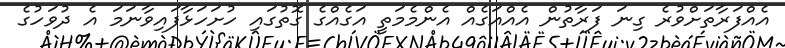
އެއްފަރާތަށްވުރެ ގިނަ ފަރާތުން އެއްއަގެއް އެންމެމަތީ އަގެއްގެ ގޮތުގައި ހުށަހަޅާފައިވާނަމަ އެ ދުވަހުގެ